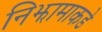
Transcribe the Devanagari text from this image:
निझामाकडे